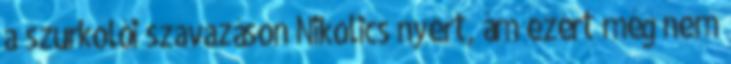
a szurkolói szavazáson Nikolics nyert, ám ezért még nem